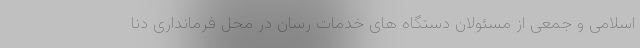
اسلامی و جمعی از مسئولان دستگاه های خدمات رسان در محل فرمانداری دنا